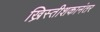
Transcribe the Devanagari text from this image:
ख्रिस्तीशकानंतर